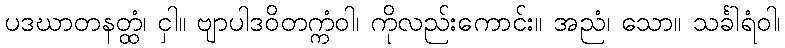
ပဒဃာတနတ္ထံ၊ ငှါ။ ဗျာပါဒဝိတက္ကံဝါ၊ ကိုလည်းကောင်း။ အညံ၊ သော။ သင်္ခါရံဝါ၊